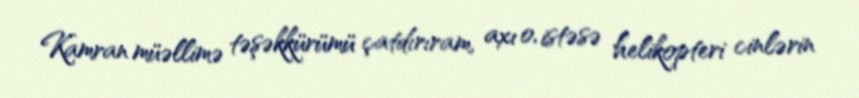
Kamran müəllimə təşəkkürümü çatdırıram, axı o, istəsə helikopteri cinlərin